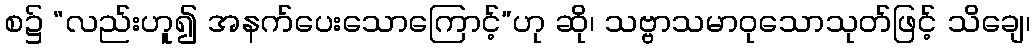
စ၌ “လည်းဟူ၍ အနက်ပေးသောကြောင့်”ဟု ဆို၊ သဗ္ဗာသမာဝုသောသုတ်ဖြင့် သိချေ၊